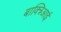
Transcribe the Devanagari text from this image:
बाक्त्रिआई